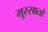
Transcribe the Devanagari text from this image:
मूस्सातो